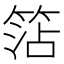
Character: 𥮒